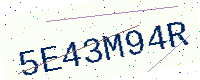
Text: 5E43M94R